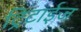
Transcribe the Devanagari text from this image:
ट्रिटाईज